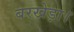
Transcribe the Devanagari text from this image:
बरखेड़ा।